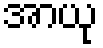
အာယု